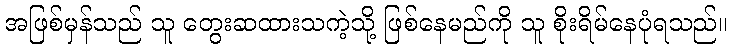
အဖြစ်မှန်သည် သူ တွေးဆထားသကဲ့သို့ ဖြစ်နေမည်ကို သူ စိုးရိမ်နေပုံရသည်။